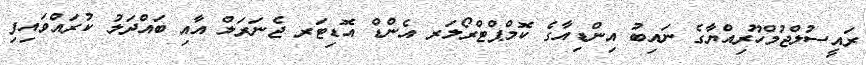
ރައީސުލްޖުމްހޫރިއްޔާގެ ނައިބު އިންޑިއާގެ ކޮމްޕްޓްރޯލަރ އެންޑް އޮޑިޓަރ ޖެނަރަލް އާއި ބައްދަލު ކުރައްވައިފި